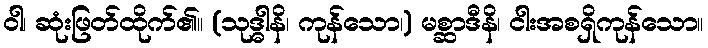
ဝါ၊ ဆုံးဖြတ်ထိုက်၏။ (သုဒ္ဓါနိ၊ ကုန်သော၊) မစ္ဆာဒီနိ၊ ငါးအစရှိကုန်သော။